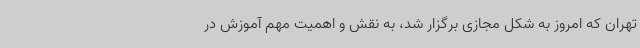
تهران که امروز به شکل مجازی برگزار شد، به نقش و اهمیت مهم آموزش در